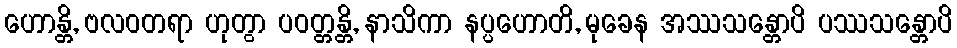
ဟောန္တိ, ဗလဝတရာ ဟုတွာ ပဝတ္တန္တိ, နာသိကာ နပ္ပဟောတိ, မုခေန အဿသန္တောပိ ပဿသန္တောပိ